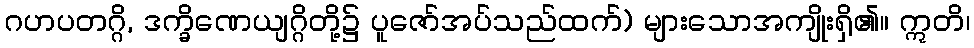
ဂဟပတဂ္ဂိ, ဒက္ခိဏေယျဂ္ဂိတို့၌ ပူဇော်အပ်သည်ထက်) များသောအကျိုးရှိ၏။ ဣတိ၊